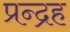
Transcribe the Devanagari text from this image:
प्रन्द्रह